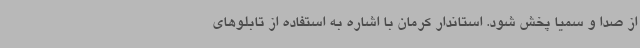
از صدا و سمیا پخش شود. استاندار کرمان با اشاره به استفاده از تابلوهای